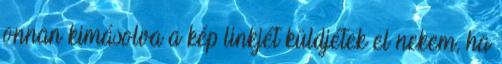
onnan kimásolva a kép linkjét küldjétek el nekem, ha